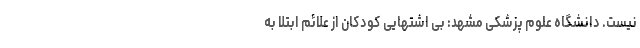
نیست. دانشگاه علوم پزشکی مشهد: بی اشتهایی کودکان از علائم ابتلا به